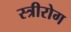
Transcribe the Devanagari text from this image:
स्‍त्रीरोग